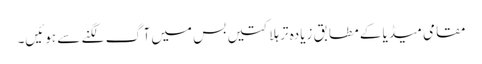
مقامی میڈیا کے مطابق زیادہ تر ہلاکتیں بس میں آگ لگنے سے ہوئیں۔